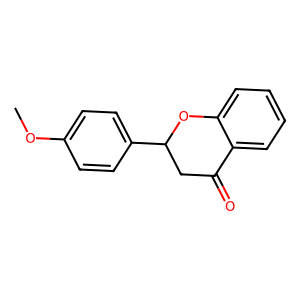
SMILES: COc1ccc(C2CC(=O)c3ccccc3O2)cc1
Inhibits HIV replication: No